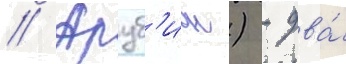
// Аруб'ион) - два́